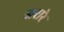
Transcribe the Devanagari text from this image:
खरारे